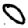
Digit: 0